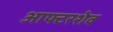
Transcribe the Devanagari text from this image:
आफ्टरशेव